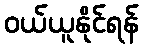
ဝယ်ယူနိုင်ရန်